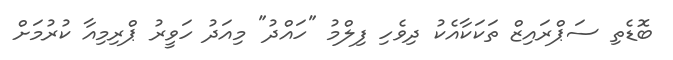
ބޮޑެތި ސަޕްރައިޒް ތަކަކާއެކު ދިވެހި ފިލްމު "ހައްދު" މިއަދު ހަވީރު ޕްރިމިއާ ކުރުމަށް